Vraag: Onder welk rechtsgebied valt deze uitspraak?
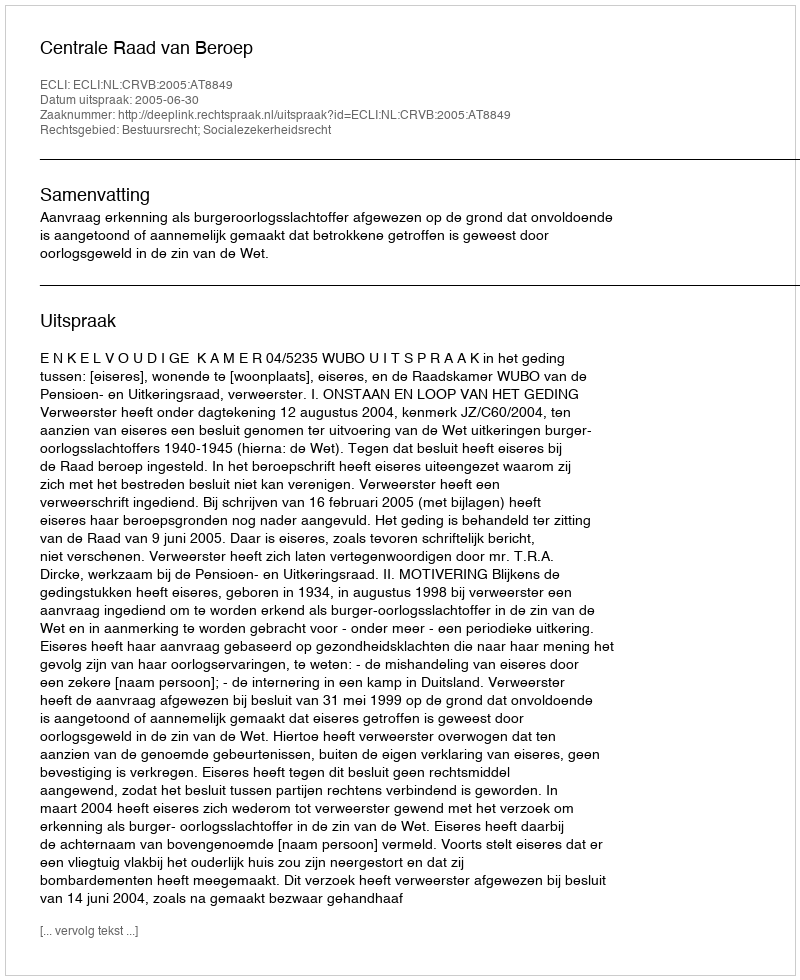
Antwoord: Bestuursrecht; Socialezekerheidsrecht